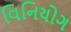
વિનિયોગ